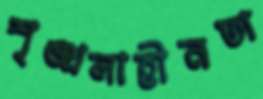
শৃঙ্খলাহীনতা